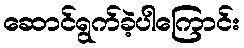
ဆောင်ရွက်ခဲ့ပါကြောင်း